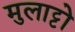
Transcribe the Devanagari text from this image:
मुलाट्टो